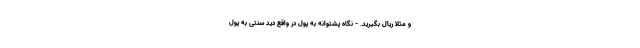
و مثلاً ریال بگیرید. - نگاه پشتوانه به پول در واقع دید سنتی به پول